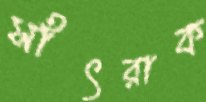
সাঁৎরাক